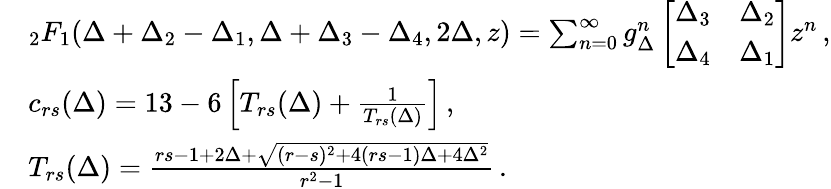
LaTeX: \begin{array}{rl}&{_2F_{1}(\Delta+\Delta_{2}-\Delta_{1},\Delta+\Delta_{3}-\Delta_{4},2\Delta,z)=\sum_{n=0}^{\infty}g_{\Delta}^{n}\left[\begin{array}{ll}{\Delta_{3}}&{\Delta_{2}}\\ {\Delta_{4}}&{\Delta_{1}}\end{array}\right]z^{n}\, ,}\\ &{c_{rs}(\Delta)=13-6\left[T_{rs}(\Delta)+{\frac{1}{T_{rs}(\Delta)}}\right]\, ,}\\ &{T_{rs}(\Delta)={\frac{rs-1+2\Delta+\sqrt{(r-s)^{2}+4(rs-1)\Delta+4\Delta^{2}}}{r^{2}-1}}\, .}\end{array}